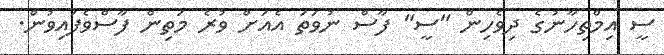
ސީ އިމްތިހާނުގެ ދިވެހިން "ސީ" ފާސް ނުވަތަ އެއަށް ވުރެ މަތިން ފާސްވެފައިވުން.